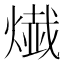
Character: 𤍬